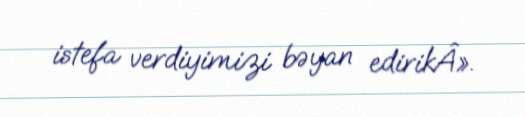
istefa verdiyimizi bəyan edirikÂ».